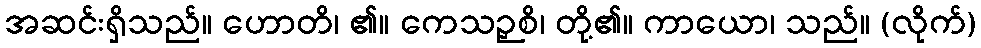
အဆင်းရှိသည်။ ဟောတိ၊ ၏။ ကေသဉှစိ၊ တို့၏။ ကာယော၊ သည်။ (လိုက်)